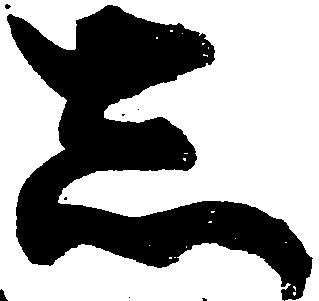
志